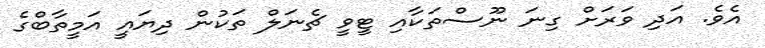
އެވެ. އަދި ވަރަށް ގިނަ ނޫސްތަކާއި ޓީވީ ޗެނަލް ތަކުން ދިޔައީ އަމީތާބްގެ